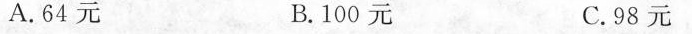
A.64元 B.100元 C.98元